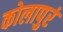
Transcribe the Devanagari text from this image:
कोलापुरं